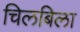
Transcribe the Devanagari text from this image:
चिलबिला